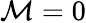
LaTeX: \mathcal{M}=0